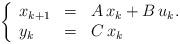
LaTeX: \begin{align*}\left\{ \begin{array}{lcl} x_{k+1} &=& A\,x_k+B\,u_k. \\ y_k &=& C\,x_k \end{array} \right .\end{align*}